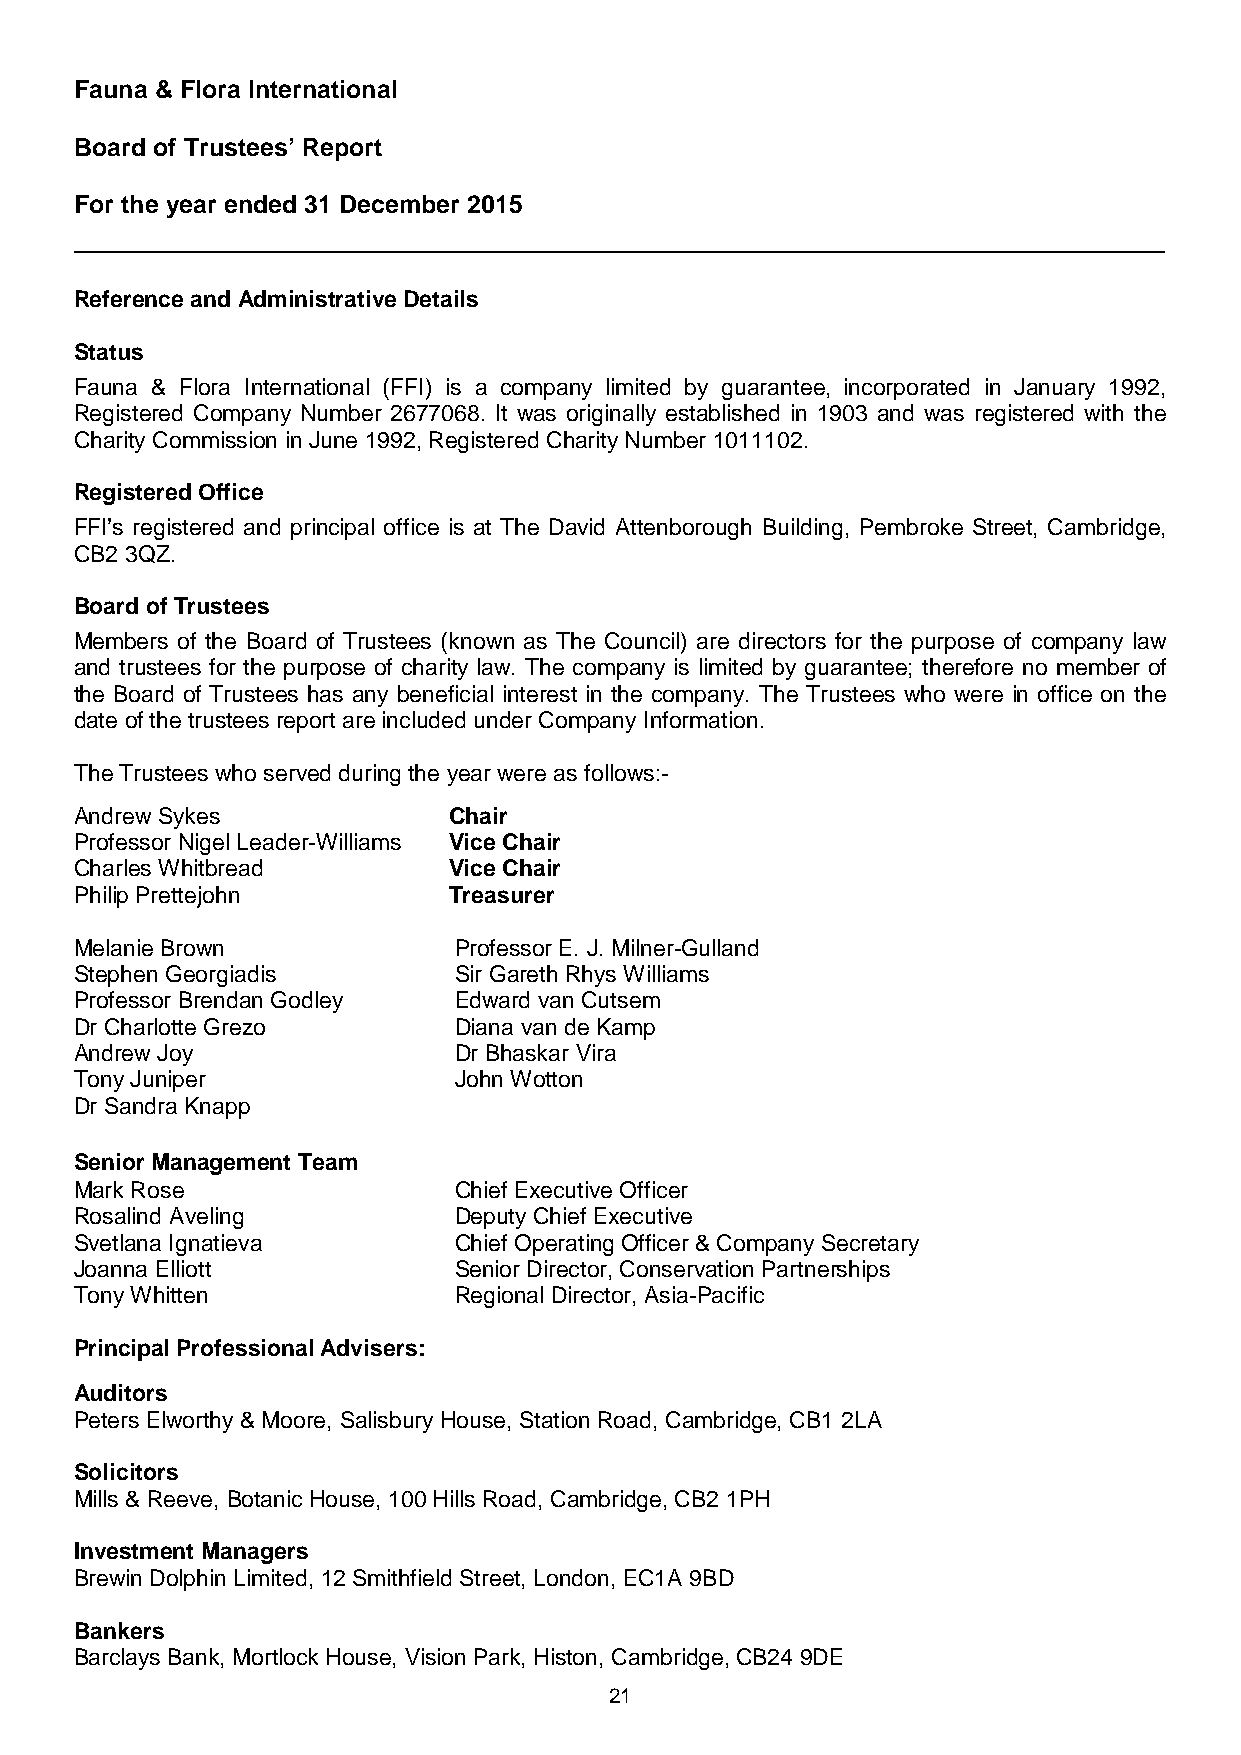
Fauna & Flora International
 Board of Trustees’ Report
 For the year ended 31 December 2015
 Reference and Administrative Details
 Status
 Fauna & Flora International (FFI) is a company limited by guarantee, incorporated in January 1992,
 Registered Company Number 2677068. It was originally established in 1903 and was registered with the
 Charity Commission in June 1992, Registered Charity Number 1011102.
 Registered Office
 FFI’s registered and principal office is at The David Attenborough Building, Pembroke Street, Cambridge,
 CB2 3QZ.
 Board of Trustees
 Members of the Board of Trustees (known as The Council) are directors for the purpose of company law
 and trustees for the purpose of charity law. The company is limited by guarantee; therefore no member of
 the Board of Trustees has any beneficial interest in the company. The Trustees who were in office on the
 date of the trustees report are included under Company Information.
 The Trustees who served during the year were as follows:-
 Andrew Sykes             Chair
 Professor Nigel Leader-Williams Vice Chair
 Charles Whitbread        Vice Chair
 Philip Prettejohn        Treasurer
 Melanie Brown            Professor E. J. Milner-Gulland
 Stephen Georgiadis       Sir Gareth Rhys Williams
 Professor Brendan Godley Edward van Cutsem
 Dr Charlotte Grezo       Diana van de Kamp
 Andrew Joy               Dr Bhaskar Vira
 Tony Juniper             John Wotton
 Dr Sandra Knapp
 Senior Management Team
 Mark Rose                Chief Executive Officer
 Rosalind Aveling         Deputy Chief Executive
 Svetlana Ignatieva       Chief Operating Officer & Company Secretary
 Joanna Elliott           Senior Director, Conservation Partnerships
 Tony Whitten             Regional Director, Asia-Pacific
 Principal Professional Advisers:
 Auditors
 Peters Elworthy & Moore, Salisbury House, Station Road, Cambridge, CB1 2LA
 Solicitors
 Mills & Reeve, Botanic House, 100 Hills Road, Cambridge, CB2 1PH
 Investment Managers
 Brewin Dolphin Limited, 12 Smithfield Street, London, EC1A 9BD
 Bankers
 Barclays Bank, Mortlock House, Vision Park, Histon, Cambridge, CB24 9DE
 21